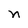
Character: n